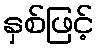
နှစ်ဖြင့်